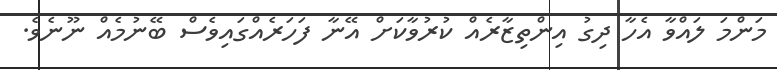
މަންމަ ލައްވާ އެހާ ދިގު އިންތިޒާރެއް ކުރުވާކަށް އޭނާ ފަހަރެއްގައިވެސް ބޭނުމެއް ނޫނެވެ.